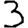
Digit: 3